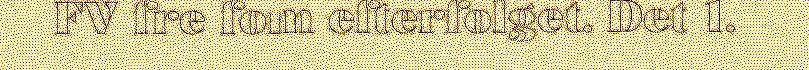
FV fre fom efterfolget. Det 1.